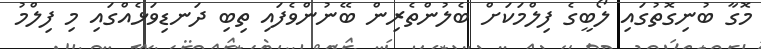
މޮގާ ބުނިގޮތުގައި ލޯބީގެ ފިލްމަކަށް ބެލުންތެރިން ބޭނުންވެފައި ތިބި ދަނޑިވަޅެއްގައި މި ފިލްމު